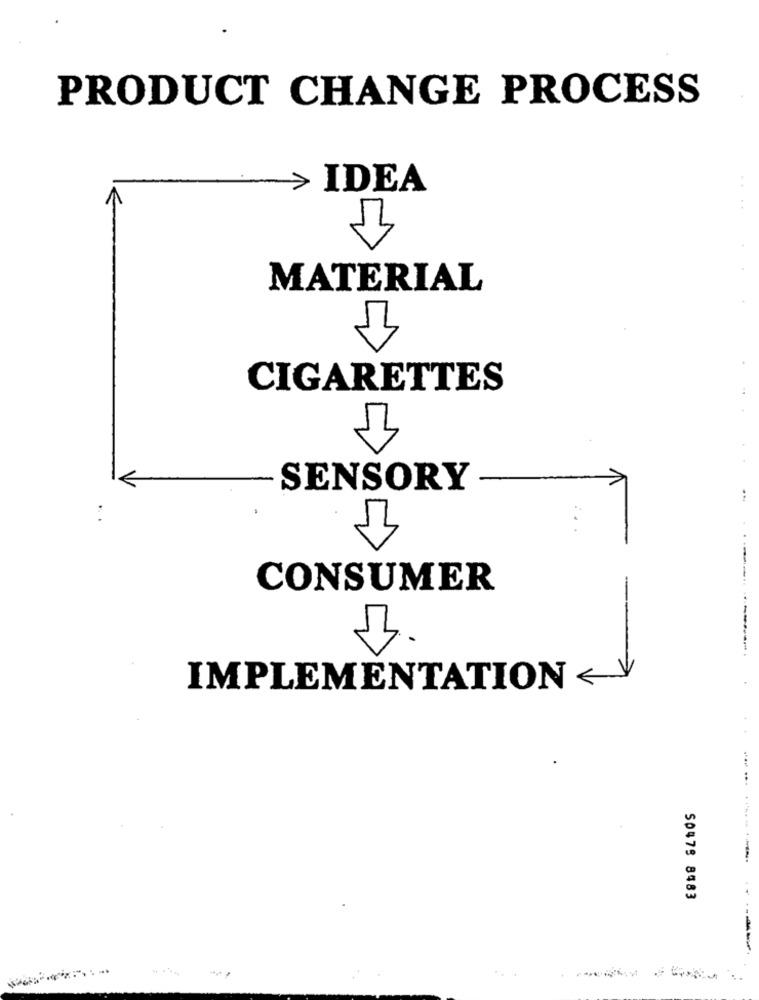
PRODUCT CHANGE PROCESS
IDEA
MATERIAL
CIGARETTES
SENSORY
CONSUMER
IMPLEMENTATION <
...
50479 8483
..